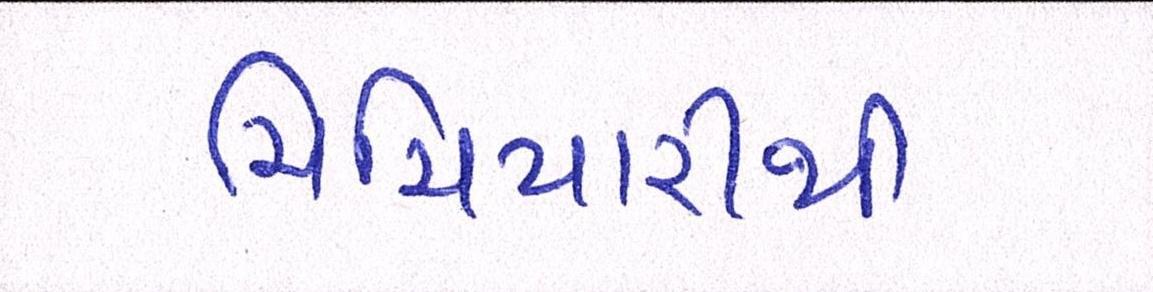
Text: ચિચિયારીથી